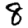
Digit: 8